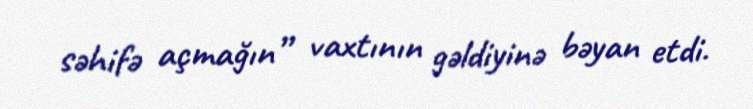
səhifə açmağın” vaxtının gəldiyinə bəyan etdi.